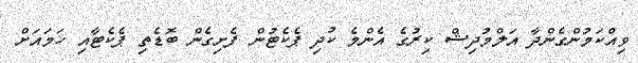
ވިއްކަމުންގެންދާ އަލްމުދިޝް ކިރުގެ އެންމެ ކުދި ޕެކެޓުން ފެށިގެން ބޮޑެތި ޕެކެޓާއި ހަމައަށް